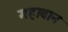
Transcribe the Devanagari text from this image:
महाबान